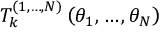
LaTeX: T _ { k } ^ { ( 1 , \dots , N ) } \left( \theta _ { 1 } , \dots , \theta _ { N } \right)